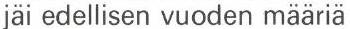
jäi edellisen vuoden määriä